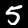
Digit: 5